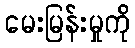
မေးမြန်းမှုကို